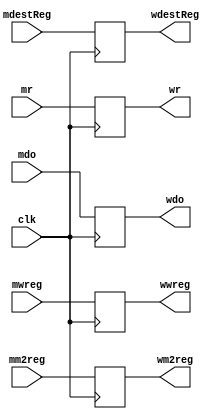
`timescale 1ns / 1ps
//////////////////////////////////////////////////////////////////////////////////
// Company: 
// Engineer: 
// 
// Design Name: 
// Module Name: memwb_pipeline_reg
// Project Name: 
// Target Devices: 
// Tool Versions: 
// Description: 
// 
// Dependencies: 
// 
// Revision:
// Revision 0.01 - File Created
// Additional Comments:
// 
//////////////////////////////////////////////////////////////////////////////////


module memwb_pipeline_reg(
input mwreg,
input mm2reg,
input [4:0] mdestReg,
input [31:0] mr,
input [31:0] mdo, 
input clk,
output reg wwreg,
output reg wm2reg,
output reg [4:0] wdestReg,
output reg [31:0] wr,
output reg [31:0] wdo
    );
    
    always @(posedge clk)
    begin
        wwreg = mwreg;
        wm2reg = mm2reg;
        wdestReg = mdestReg;
        wr = mr;
        wdo = mdo;
    end
endmodule